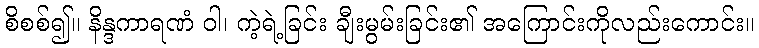
စိစစ်၍။ နိန္ဒကာရဏံ ဝါ၊ ကဲ့ရဲ့ခြင်း ချီးမွမ်းခြင်း၏ အကြောင်းကိုလည်းကောင်း။